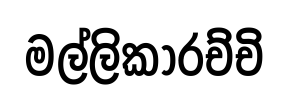
මල්ලිකාරච්චි